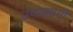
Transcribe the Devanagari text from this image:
उपग्रहाची